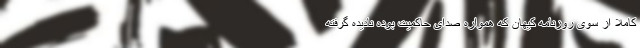
کاملا از سوی روزنامه کیهان که همواره صدای حاکمیت بوده نادیده گرفته